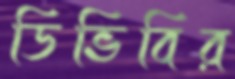
ডিভিবির